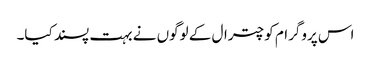
اس پروگرام کو چترال کے لوگوں نے بہت پسند کیا۔